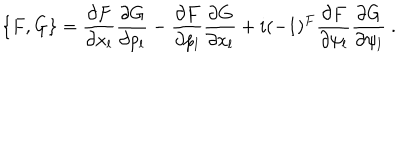
\{ F , G \} = \frac { \partial F } { \partial x _ { l } } \frac { \partial G } { \partial p _ { l } } - \frac { \partial F } { \partial p _ { l } } \frac { \partial G } { \partial x _ { l } } + i ( - 1 ) ^ { F } \frac { \partial F } { \partial \psi _ { l } } \frac { \partial G } { \partial \psi _ { l } } \ .